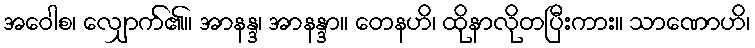
အဝေါစ၊ လျှောက်၏။ အာနန္ဒ၊ အာနန္ဒာ။ တေနဟိ၊ ထိုနာလိုတပြီးကား။ သာဏောဟိ၊